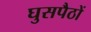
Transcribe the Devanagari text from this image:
घुसपैठों